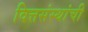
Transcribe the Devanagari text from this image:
वित्तसंस्थांची